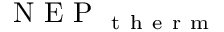
\mathrm { ~ N ~ E ~ P ~ } _ { \mathrm { ~ t ~ h ~ e ~ r ~ m ~ } }